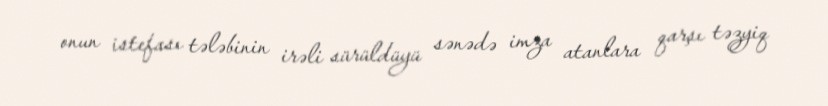
onun istefası tələbinin irəli sürüldüyü sənədə imza atanlara qarşı təzyiq